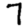
Digit: 7